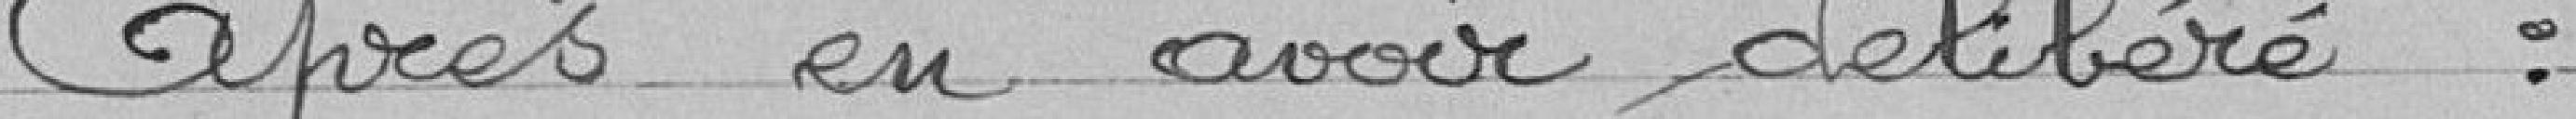
Après en avoir délibéré :